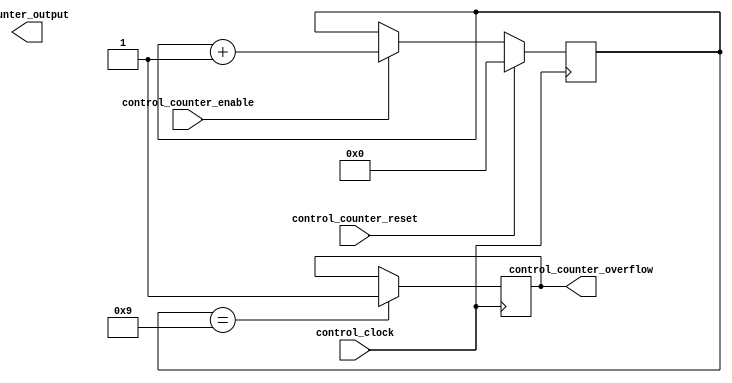
module Counter #(parameter COUNTER_SIZE = 4)(
		input 															control_clock,
		input 												 control_counter_reset,
		input 												control_counter_enable,
		output reg										 control_counter_overflow,
		output reg [COUNTER_SIZE - 1: 0] 					  counter_output
		);
		
		reg [COUNTER_SIZE - 1 : 0] 							counter_register;
		
		always@(negedge control_clock) begin
			if(control_counter_reset) begin
				counter_register <= 0;
				end // if
				else if(control_counter_enable) begin
						  counter_register <= counter_register + 1;
					  end // if
					 
			if(counter_register == 4'b1001) begin
				control_counter_overflow <= 1;
			end // if
		end // always
endmodule